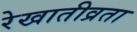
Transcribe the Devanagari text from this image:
रेखातीव्रता